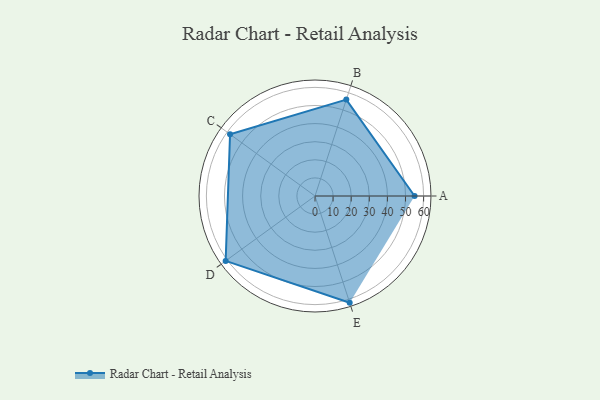
{"axis": {"x": "Skill", "y": "Score"}, "legend": ["Profile"], "data": [{"x": "A", "y": 55.0, "type": "Profile"}, {"x": "B", "y": 56.0, "type": "Profile"}, {"x": "C", "y": 58.0, "type": "Profile"}, {"x": "D", "y": 61.0, "type": "Profile"}, {"x": "E", "y": 62.0, "type": "Profile"}]}